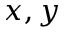
x , y